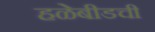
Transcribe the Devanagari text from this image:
हळेबीडची